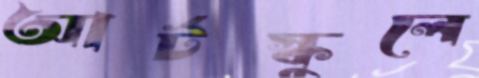
আর্টস্কুলে